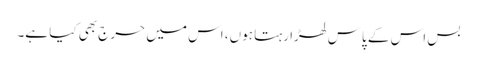
بس اس کے پاس لھڑا رہتا ہوں، اس میں حرج بھی کیا ہے۔